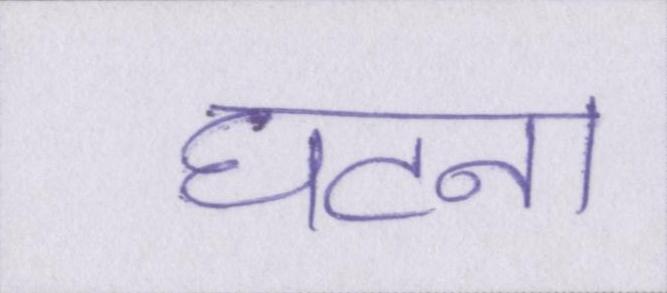
घटना